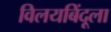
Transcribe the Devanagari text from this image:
विलयबिंदूला